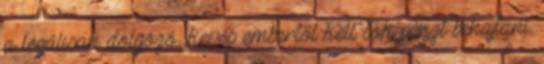
a legálisan dolgozó, kevés embertől kell sok pénzt behajtani.